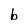
Character: b